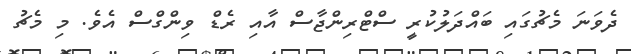
ދެވަނަ މެޗުގައި ބައްދަލުކުރީ ސްޓްރިންޖާސް އާއި ރެޑް ވިންގްސް އެވެ. މި މެޗު